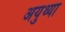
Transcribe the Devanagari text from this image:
अयुथ्या